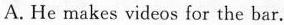
A. He makes videos for the bar.